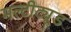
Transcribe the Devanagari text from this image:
मल्टीट्यूड